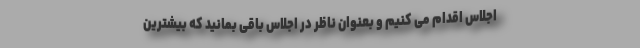
اجلاس اقدام می کنیم و بعنوان ناظر در اجلاس باقی بمانید که بیشترین